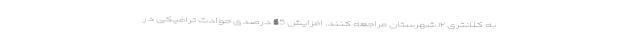
به کلانتری ۱۲ شهرستان مراجعه کنند. افزایش 65 درصدی حوادث ترافیکی در